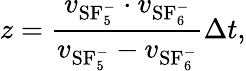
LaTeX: z=\frac{v_{\mathrm{SF}_{5}^{-}}\cdot v_{\mathrm{SF}_{6}^{-}}}{v_{\mathrm{SF}_{5}^{-}}-v_{\mathrm{SF}_{6}^{-}}}\Delta t,